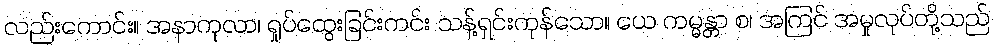
လည်းကောင်း။ အနာကုလာ၊ ရှုပ်ထွေးခြင်းကင်း သန့်ရှင်းကုန်သော။ ယေ ကမ္မန္တာ စ၊ အကြင် အမှုလုပ်တို့သည်